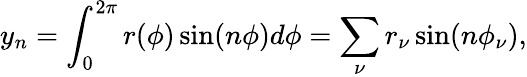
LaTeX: y_{n}=\int_{0}^{2\pi}r(\phi)\sin(n\phi)d\phi=\sum_{\nu}r_{\nu}\sin(n\phi_{\nu}),